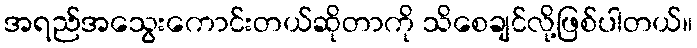
အရည်အသွေးကောင်းတယ်ဆိုတာကို သိစေချင်လို့ဖြစ်ပါတယ်။